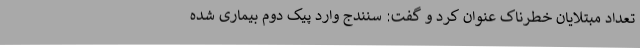
تعداد مبتلایان خطرناک عنوان کرد و گفت: سنندج وارد پیک دوم بیماری شده